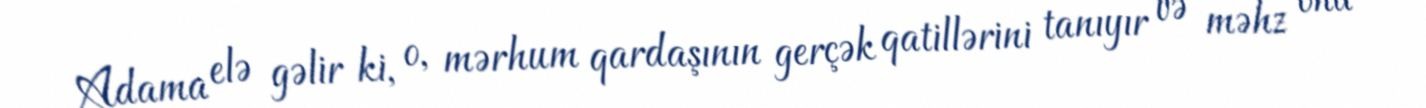
Adama elə gəlir ki, o, mərhum qardaşının gerçək qatillərini tanıyır və məhz ona